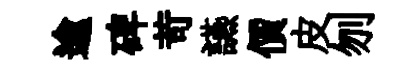
逾碑苛讌價皮刎